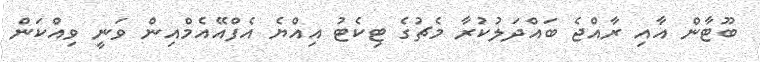
ބޫޓާން އާއި ރާއްޖެ ބައްދަލުކުރާ މެޗުގެ ޓިކެޓު އިއްޔެ އެފްއޭއެމްއިން ވަނީ ވިއްކަން